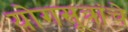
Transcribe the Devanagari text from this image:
योगसूत्रांचे